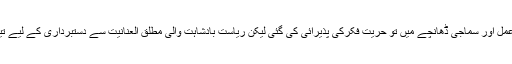
سیاسی عمل اور سماجی ڈھانچے میں تو حریت فکرکی پذیرائی کی گئی لیکن ریاست بادشاہت والی مطلق العنانیت سے دستبرداری کے لیے تیار نہیں۔